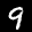
Label: 9